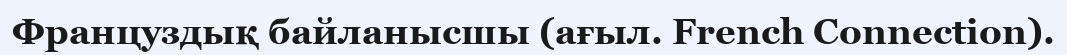
Француздық байланысшы (ағыл. French Connection).